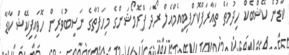
ކާޑުން ކޭޝްބެކް ހިދުމަތް ތައާރަފްކޮށްފިބީއެމްއެލް ރޯދަ ޕްރޮމޯޝަންގެ މިހަފުތާގެ ނަސީބުވެރިން ހޮވައިފިކޭޝް ކާޑާ